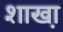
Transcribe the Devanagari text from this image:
शाखा़